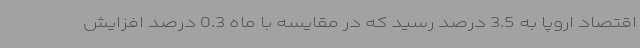
اقتصاد اروپا به 3.5 درصد رسید که در مقایسه با ماه 0.3 درصد افزایش